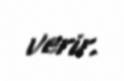
verir.